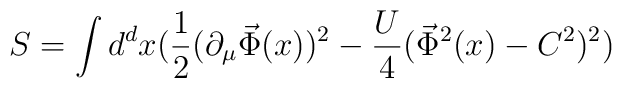
S =  \int d^dx(\frac{1}{2} (\partial_\mu \vec\Phi(x))^2   -\frac{U}{4} (\vec\Phi^2(x)-C^2)^2)